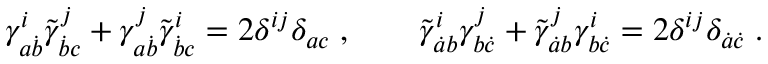
\gamma _ { a \dot { b } } ^ { i } \tilde { \gamma } _ { \dot { b } c } ^ { j } + \gamma _ { a \dot { b } } ^ { j } \tilde { \gamma } _ { \dot { b } c } ^ { i } = 2 \delta ^ { i j } \delta _ { a c } \; , \qquad \tilde { \gamma } _ { \dot { a } b } ^ { i } \gamma _ { b \dot { c } } ^ { j } + \tilde { \gamma } _ { \dot { a } b } ^ { j } \gamma _ { b \dot { c } } ^ { i } = 2 \delta ^ { i j } \delta _ { \dot { a } \dot { c } } \; .